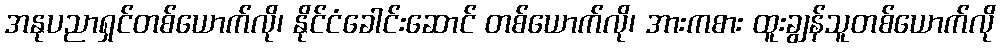
အနုပညာရှင်တစ်ယောက်လို၊ နိုင်ငံခေါင်းဆောင် တစ်ယောက်လို၊ အားကစား ထူးချွန်သူတစ်ယောက်လို